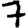
Digit: 7